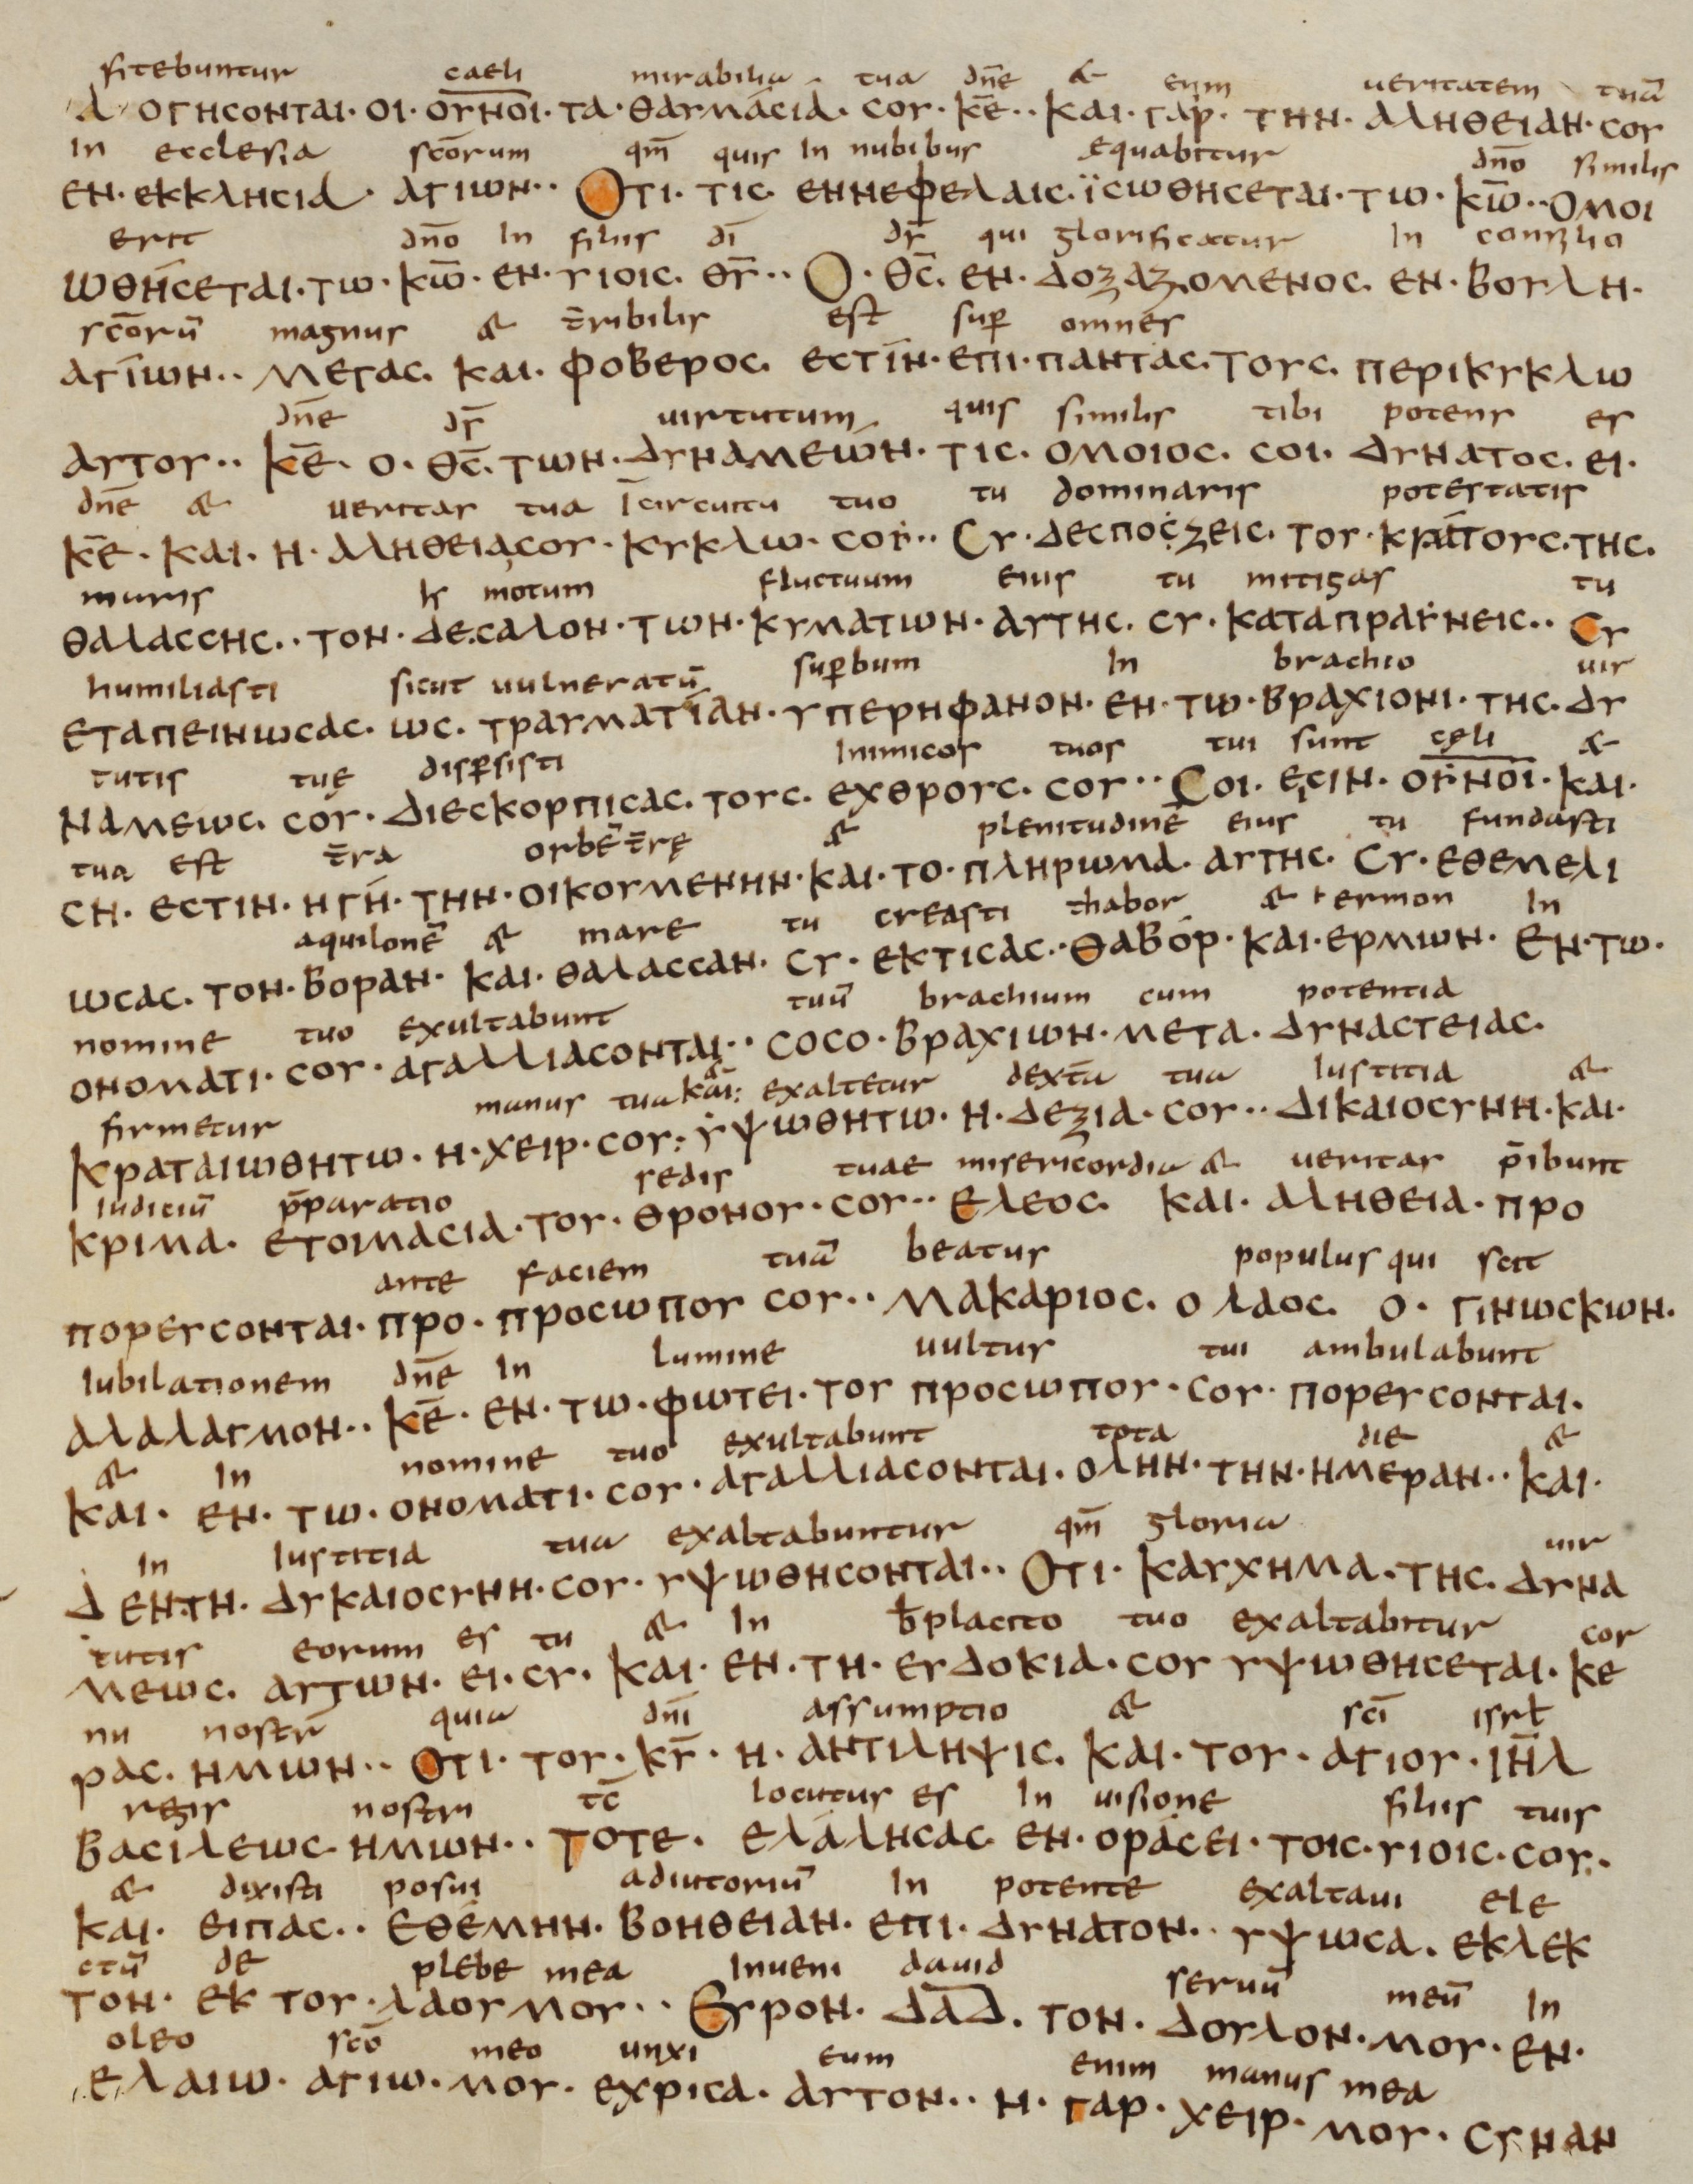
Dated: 833–899